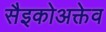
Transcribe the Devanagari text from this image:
सैइकोअक्तेव